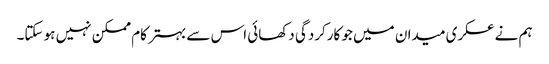
ہم نے عسکری میدان میں جو کارکردگی دکھائی اس سے بہتر کام ممکن نہیں ہو سکتا۔